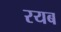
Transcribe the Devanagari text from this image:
रयब